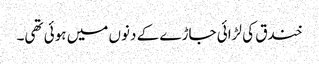
خندق کی لڑائی جاڑے کے دنوں میں ہوئی تھی۔